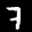
Label: 7